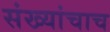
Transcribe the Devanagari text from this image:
संख्यांचाच